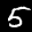
Label: 5